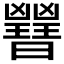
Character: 𣌇